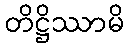
တိဋ္ဌိဿာမိ